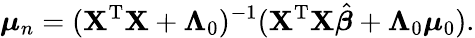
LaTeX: {\boldsymbol{\mu}}_{n}=(\mathbf{X}^{\mathrm{{T}}}\mathbf{X}+{\boldsymbol{\Lambda}}_{0})^{-1}(\mathbf{X}^{\mathrm{{T}}}\mathbf{X}{\hat{\boldsymbol{\beta}}}+{\boldsymbol{\Lambda}}_{0}{\boldsymbol{\mu}}_{0}).